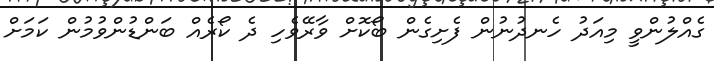
ގެއްލުންވީ މިއަދު ހެނދުނުން ފެށިގެން ބޯކޮށް ވާރޭވެހި ދެ ކޯރެއް ބަންޑުންވުމުން ކަމަށް